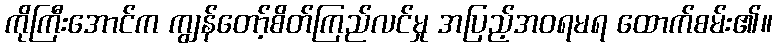
ကိုကြီးအောင်က ကျွန်တော့်စိတ်ကြည်လင်မှု အပြည့်အဝရမရ ထောက်စမ်း၏။